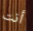
أنت